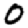
Digit: 0